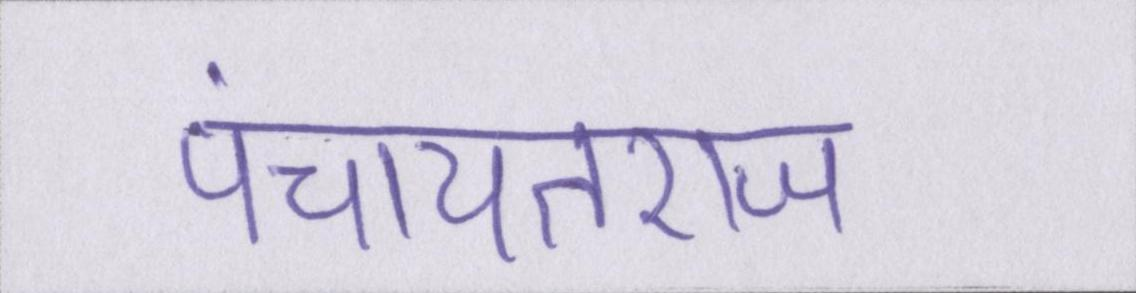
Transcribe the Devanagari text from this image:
पंचायतराज